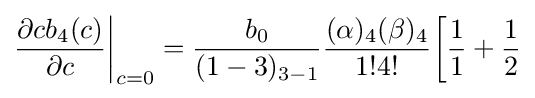
{\frac {\partial cb_{4}(c)}{\partial c}}{\bigg \vert }_{c=0}={\frac {b_{0}}{(1-3)_{3-1}}}{\frac {(\alpha )_{4}(\beta )_{4}}{1!4!}}{\bigg [}{\frac {1}{1}}+{\frac {1}{2}}